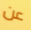
عن